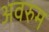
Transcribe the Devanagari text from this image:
अवरुम